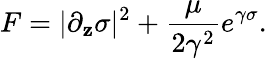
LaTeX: F=|\partial_{\mathbf{z}}\sigma|^{2}+{\frac{{\mu}}{{2\gamma^{2}}}}e^{\gamma\sigma}.